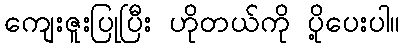
ကျေးဇူးပြုပြီး ဟိုတယ်ကို ပို့ပေးပါ။